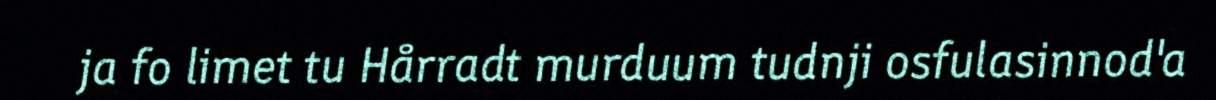
ja fo limet tu Hårradt murduum tudnji osfulasinnod'a